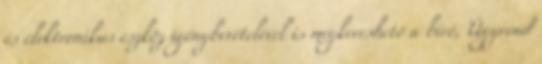
és elektronikus eszköz igénybevételével is megkereshető a bíró, Ügyrend